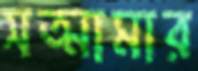
সত্মামার